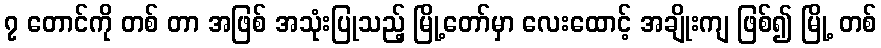
၇ တောင်ကို တစ် တာ အဖြစ် အသုံးပြုသည့် မြို့တော်မှာ လေးထောင့် အချိုးကျ ဖြစ်၍ မြို့ တစ်